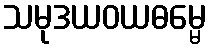
သမုဒယဝယဓမ္မေ